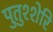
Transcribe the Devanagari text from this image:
पुतुश्शेरि